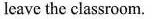
leave the classroom.